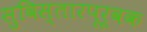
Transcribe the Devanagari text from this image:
सुविस्तारपूर्वक